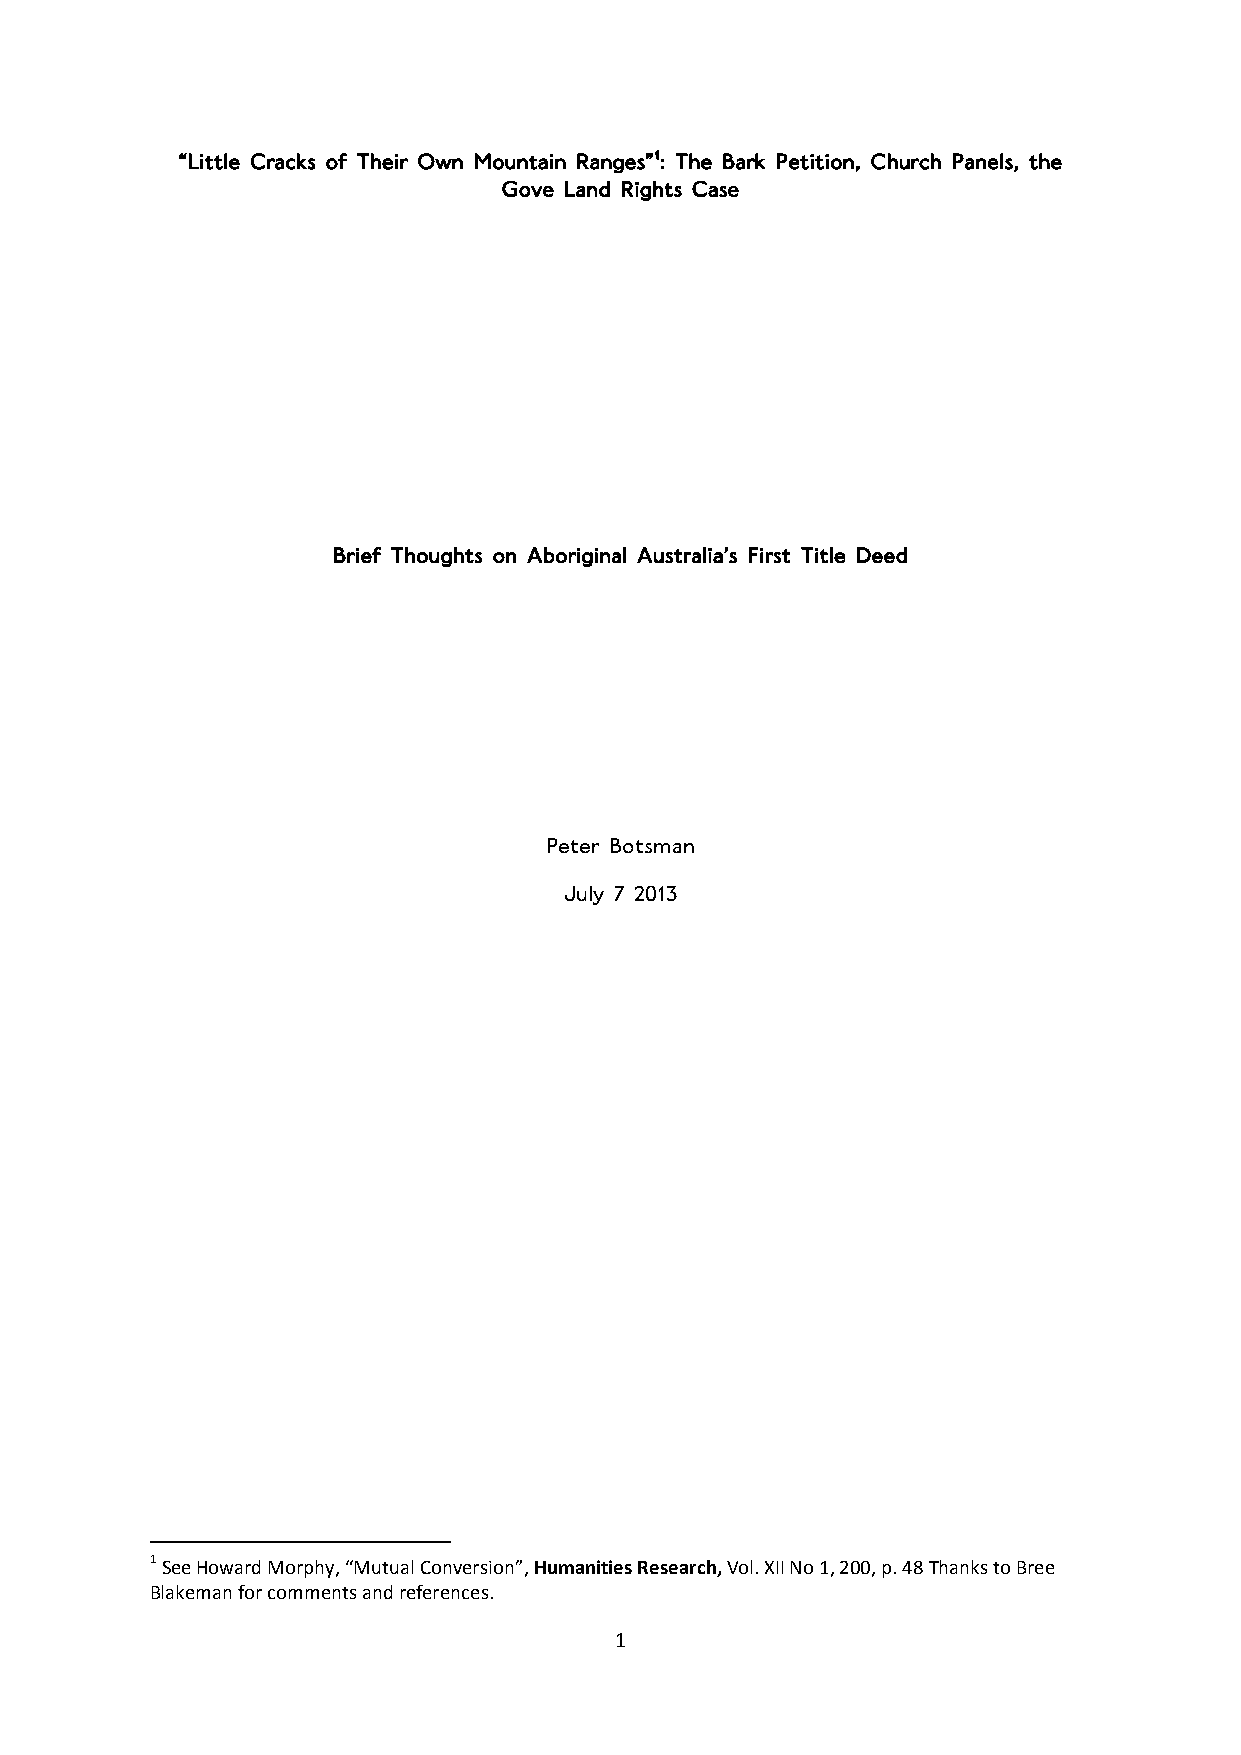
“Little Cracks of Their Own Mountain Ranges”1: The Bark Petition, Church Panels, the
 Gove Land Rights Case
 Brief Thoughts on Aboriginal Australia’s First Title Deed
 Peter Botsman
 July 7 2013
 1 See Howard Morphy, “Mutual Conversion”, Humanities Research, Vol. XII No 1, 200, p. 48 Thanks to Bree
 Blakeman for comments and references.
 1